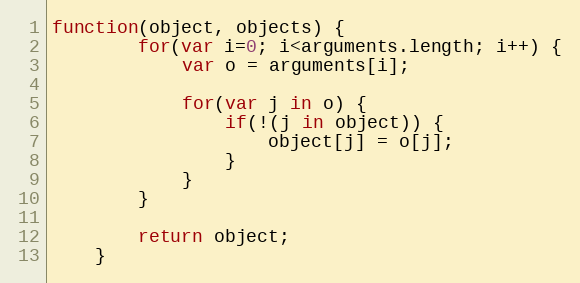
Language: JavaScript
function(object, objects) {
		for(var i=0; i<arguments.length; i++) {
			var o = arguments[i];

			for(var j in o) {
				if(!(j in object)) {
					object[j] = o[j];
				}
			}
		}

		return object;
	}